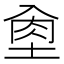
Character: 𡌵